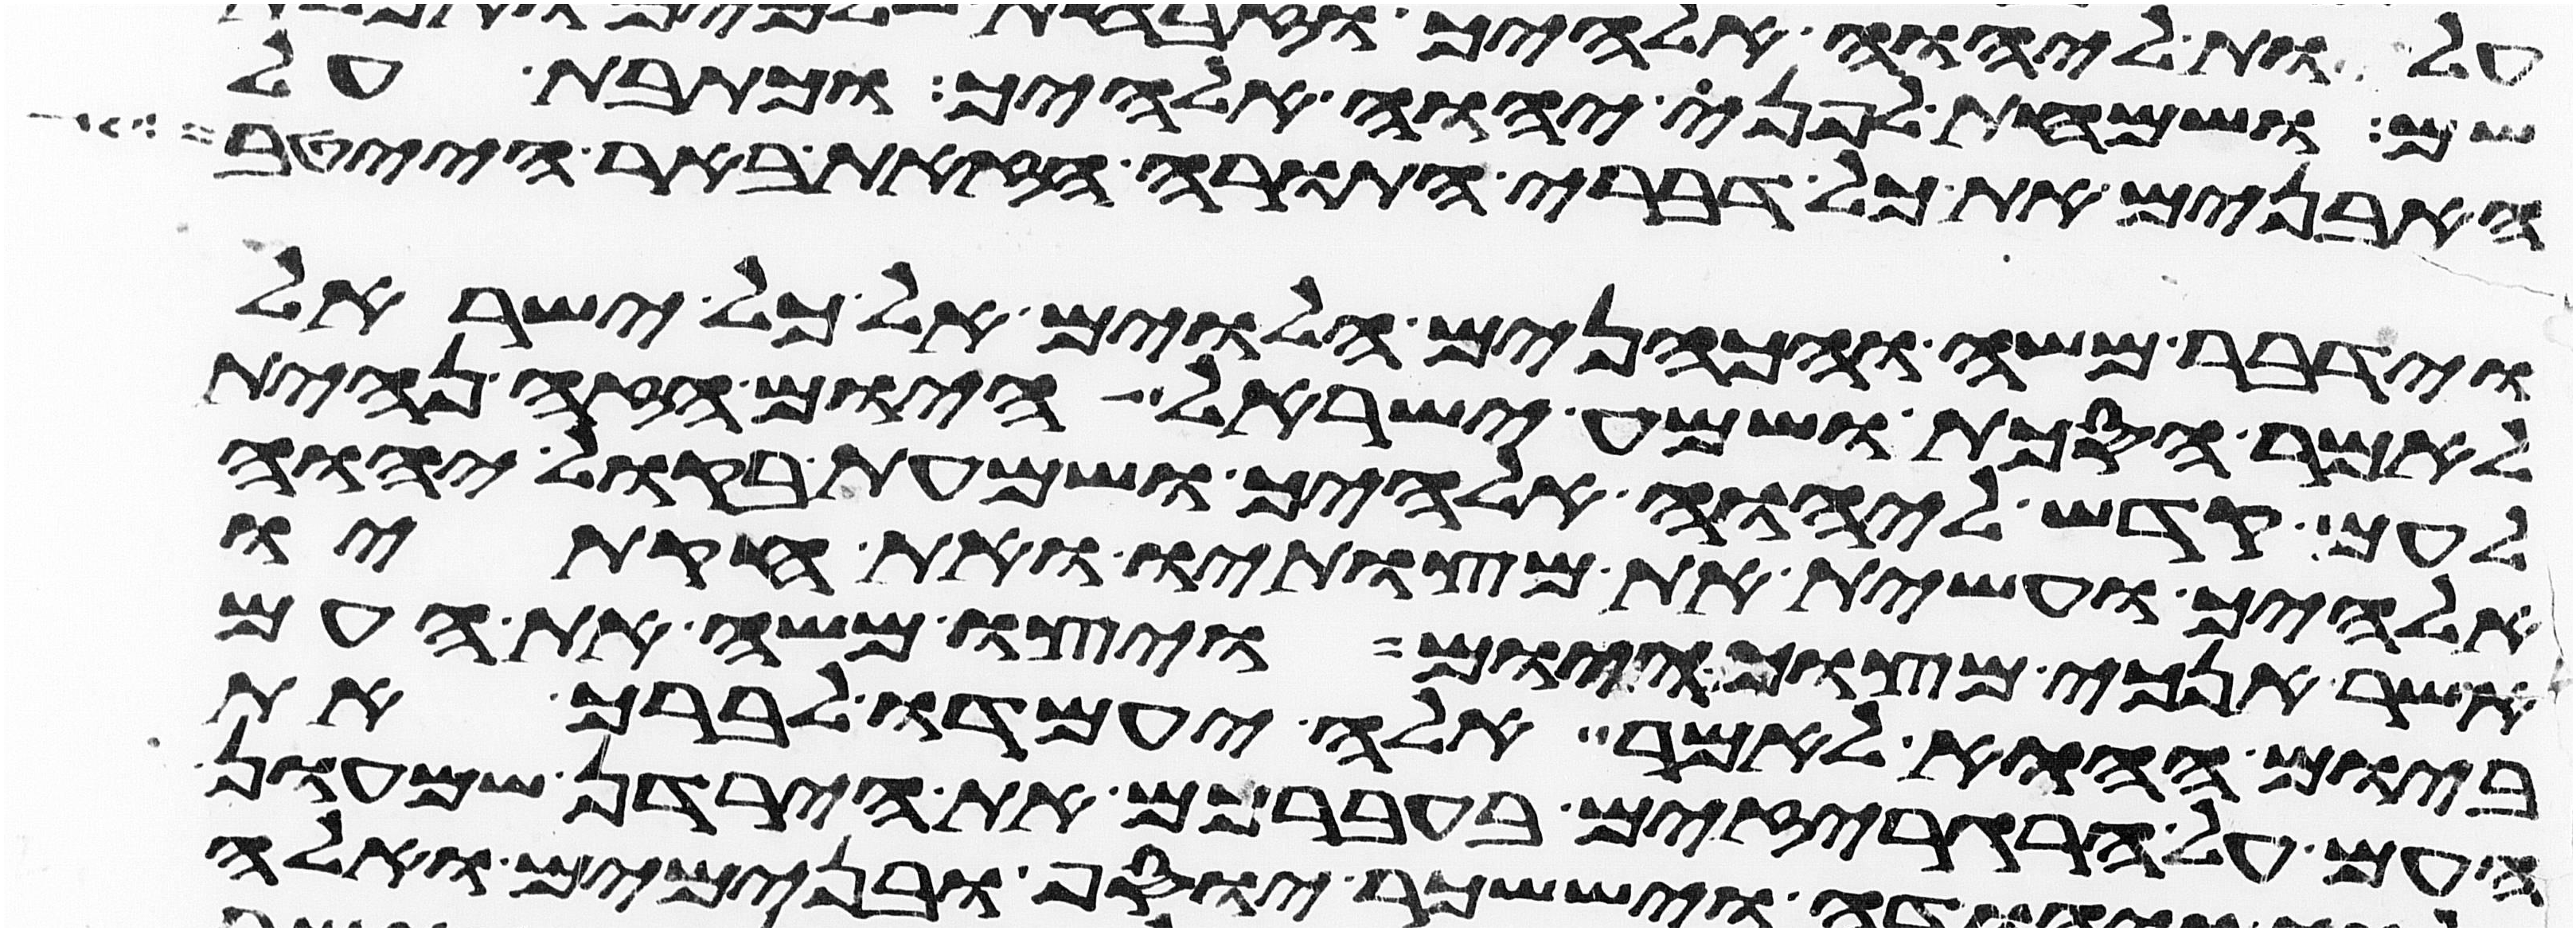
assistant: שם ושמחת לפני יהוה אלהיך וכתבת על
האבנים את כל דברי התורה הזאת באר הייטב
וידבר משה והכהנים הלוים אל כל ישראל
לאמר הסכת ושמע ישראל היום הזה נהית
לעם קדש ליהוה אלהיך ושמעת בקול יהוה
אלהיך ועשית את מצותיו ואת חקתיו
אשר אנכי מצוך היום ויצו משה את העם
ביום ההוא לאמר אלה יעמדו לברך את
העם על הרגריזים בעברכם את הירדן שמעון